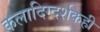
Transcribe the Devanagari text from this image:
कलादिग्दर्शकही